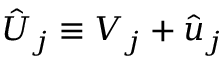
\hat { U } _ { j } \equiv V _ { j } + \hat { u } _ { j }